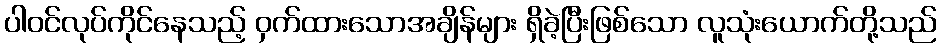
ပါဝင်လုပ်ကိုင်နေသည့် ဝှက်ထားသောအချိန်များ ရှိခဲ့ပြီးဖြစ်သော လူသုံးယောက်တို့သည်